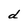
Character: d